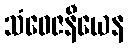
သံဝေဇနီယေန